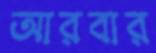
আরবার